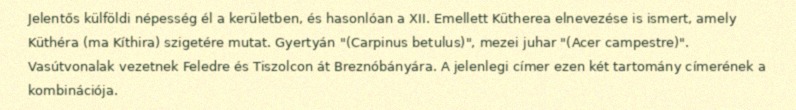
Jelentős külföldi népesség él a kerületben, és hasonlóan a XII. Emellett Kütherea elnevezése is ismert, amely Küthéra (ma Kíthira) szigetére mutat. Gyertyán "(Carpinus betulus)", mezei juhar "(Acer campestre)". Vasútvonalak vezetnek Feledre és Tiszolcon át Breznóbányára. A jelenlegi címer ezen két tartomány címerének a kombinációja.